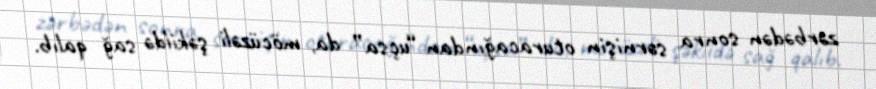
zərbədən sonra sərnişin oturacağından “uçsa” da, möcüzəli şəkildə sağ qalıb.